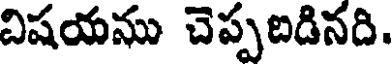
విషయము చెప్పబడినది.